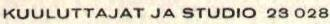
KUULUTTAJAT JA STUDIO 23 028